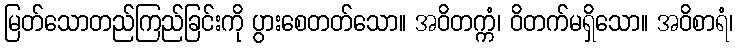
မြတ်သောတည်ကြည်ခြင်းကို ပွားစေတတ်သော။ အဝိတက္ကံ၊ ဝိတက်မရှိသော။ အဝိစာရံ၊